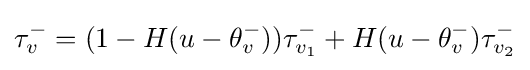
\tau _{v}^{-}=(1-H(u-\theta _{v}^{-}))\tau _{v_{1}}^{-}+H(u-\theta _{v}^{-})\tau _{v_{2}}^{-}